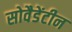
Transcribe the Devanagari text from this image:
सोवैडेंटीन